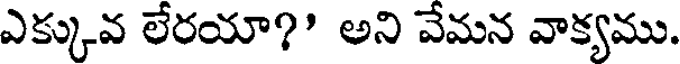
ఎక్కువ లేరయా?' అని వేమన వాక్యము.